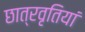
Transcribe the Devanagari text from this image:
छात्रवृतियां